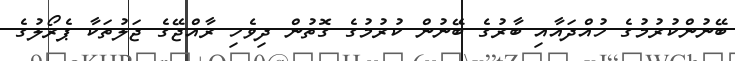
ބޭނުންކުރުމުގެ ހުއްދައާއި ބާރުގެ ބޭނުން ކުރުމުގެ ގޮތުން ދިވެހި ރާއްޖޭގެ ޖަލުތަކާ ޕެރޯލުގެ